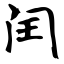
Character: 闰